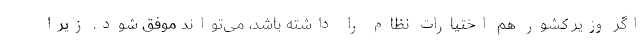
اگر وزیر کشور هم اختیارات نظام را داشته باشد، می‌تواند موفق شود. زیرا